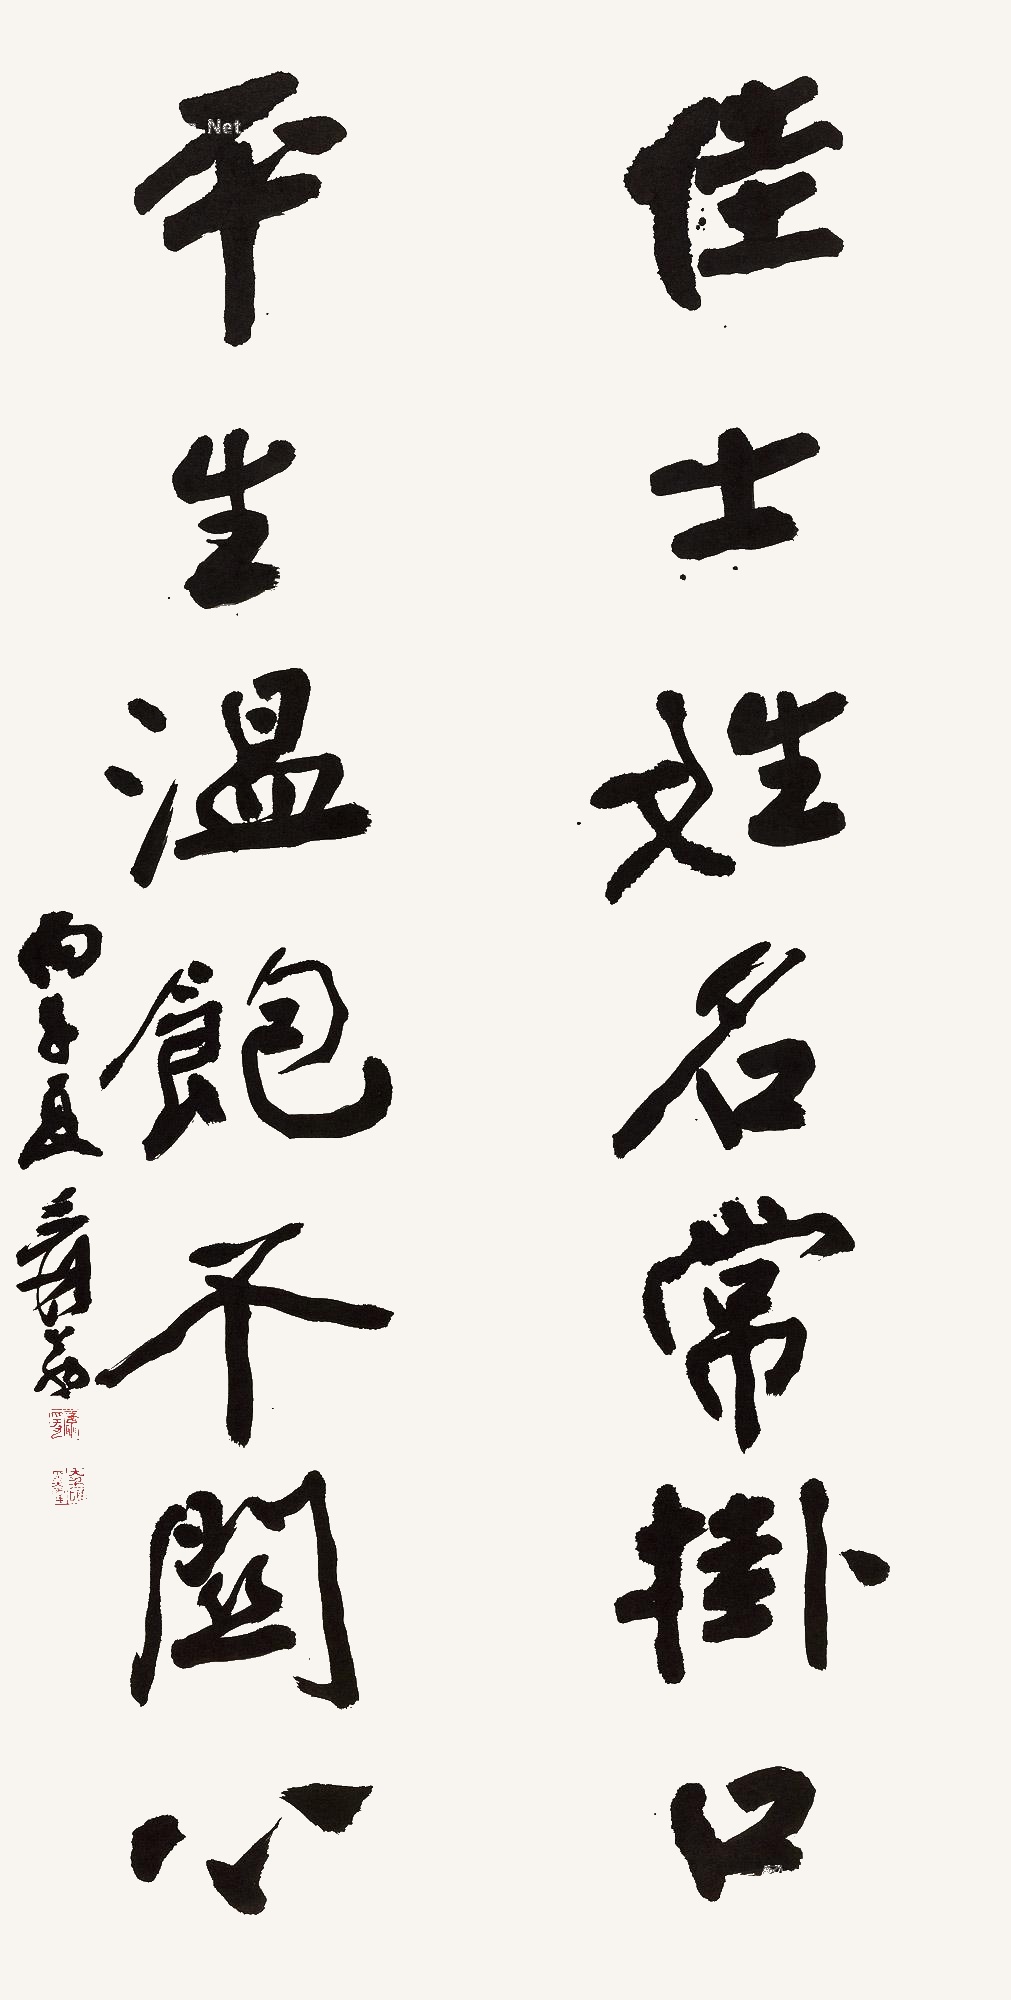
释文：佳士姓名常挂口，平生温饱不关心。丙午夏。爰翁。